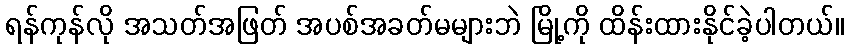
ရန်ကုန်လို အသတ်အဖြတ် အပစ်အခတ်မများဘဲ မြို့ကို ထိန်းထားနိုင်ခဲ့ပါတယ်။